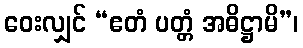
ဝေးလျှင် “ဧတံ ပတ္တံ အဓိဋ္ဌာမိ”၊